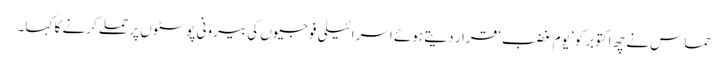
حماس نے چھ اکتوبر کو ’یوم غضب‘ قرار دیتے ہوئے اسرائیلی فوجیوں کی بیرونی پوسٹوں پر حملے کرنے کا کہا۔